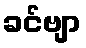
ခင်ဗျာ